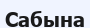
Сабына